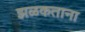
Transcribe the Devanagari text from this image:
झळकताना